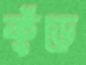
কুঁড়ে